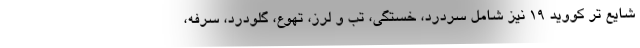
شایع تر کووید ۱۹ نیز شامل سردرد، خستگی، تب و لرز، تهوع، گلودرد، سرفه،